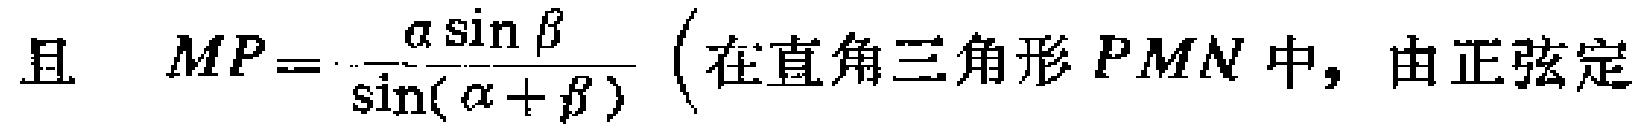
且 \(MP = \frac{\alpha\sin\beta}{\sin(\alpha + \beta)}\)（在直角三角形 \(PMN\) 中，由正弦定